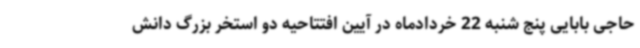
حاجی بابایی پنج شنبه 22 خردادماه در آیین افتتاحیه دو استخر بزرگ دانش